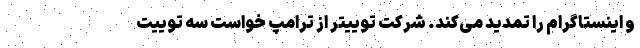
و اینستاگرام را تمدید می‌کند. شرکت توییتر از ترامپ خواست سه توییت